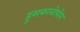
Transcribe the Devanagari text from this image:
हुसकावोपोन